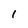
Character: 1